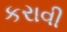
કરાવી